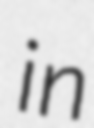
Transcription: in